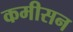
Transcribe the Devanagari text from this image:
कमीसन